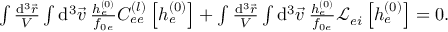
\begin{array} { r } { \int \frac { \mathrm { d } ^ { 3 } \vec { r } } { V } \int \mathrm { d } ^ { 3 } \vec { v } \: \frac { h _ { e } ^ { ( 0 ) } } { f _ { 0 e } } C _ { e e } ^ { ( l ) } \left[ h _ { e } ^ { ( 0 ) } \right] + \int \frac { \mathrm { d } ^ { 3 } \vec { r } } { V } \int \mathrm { d } ^ { 3 } \vec { v } \: \frac { h _ { e } ^ { ( 0 ) } } { f _ { 0 e } } \mathcal { L } _ { e i } \left[ h _ { e } ^ { ( 0 ) } \right] = 0 . } \end{array}